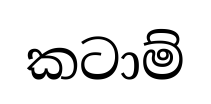
කටාම්